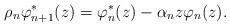
LaTeX: \begin{align*}{} \rho_{n} \varphi_{n+1}^{*}(z) = \varphi_{n}^{*}(z) - \alpha_{n} z\varphi_{n}(z).\end{align*}